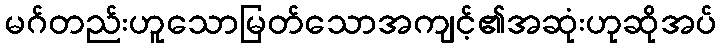
မဂ်တည်းဟူသောမြတ်သောအကျင့်၏အဆုံးဟုဆိုအပ်